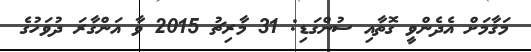
މަޤާމަށް އެދެންވީ ގޮތާއި ސުންގަޑި: 31 މާރިޗު 2015 ވާ އަންގާރަ ދުވަހުގެ